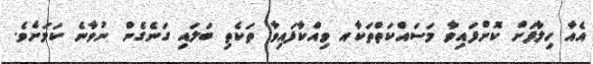
އެއާ ހިލާފަށް ކޮށްފައިވާ މަސައްކަތްތަކާއ ވިއްކާފައިވާ ތަކެތި ބަލައި ގަނެގެން ނުވާނެ ކަމަށެވެ.